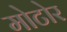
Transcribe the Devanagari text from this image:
मोटोर